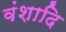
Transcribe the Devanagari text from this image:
वंशादि